Vaccination in Bombay 1913-1923 - 1913-1923
Year: 1913
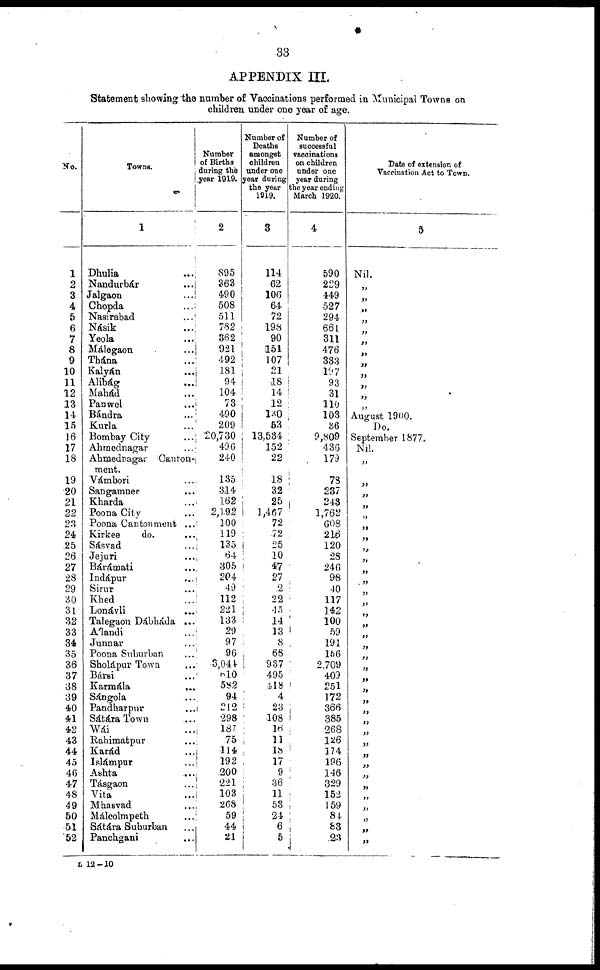
33
APPENDIX III.
Statement showing the number of Vaccinations performed in Municipal Towns on
children under one year of age.
No.
1
2
3
4
5
6
7
8
9
10
11
12
13
14
15
16
17
18
19
20
21
22
23
24
25
26
27
28
29
30
31
32
33
34
35
36
37
38
39
40
41
42
43
44
45
46
47
48
49
50
51
52
Towns.
1
Dhulia ...
Nandurbár ...
Jalgaon ...
Chopda ...
Nasirabad ...
Násik ...
Yeola ...
Málegaon ...
Thána ...
Kalyán ...
Alibág ...
Mahád ...
Panwel ...
Bándra ...
Kurla ...
Bombay City ...
Ahmednagar ...
Ahmednagar Canton-
ment.
Vámbori ...
Sangamner ...
Kharda ...
Poona City ...
Poona Cantonment ...
Kirkee
do. ...
Sásvad ...
Jejuri ...
Bárámati ...
Indápur ...
Sirur ...
Khed ...
Lonávli ...
Talegaon Dábháda ...
Álandi ...
Junnar ...
Poona Suburban ...
Sholápur Town ...
Bársi ...
Karmála ...
Sángola ...
Pandharpur ...
Sátára Town ...
Wái ...
Bahimatpur ...
Karád ...
Islámpur ...
Ashta ...
Tásgaon ...
Vita ...
Mhasvad ...
Málcolmpeth ...
Sátára Suburban ...
Panchgani ...
Number
of Births
during the
year 1919.
2
895
363
490
508
511
782
362
921
492
181
94
104
73
490
209
20,730
496
240
135
314
162
2,192
100
119
135
64
305
204
49
112
221
133
29
97
96
3,044
610
582
94
212
298
187
75
114
192
200
221
103
268
59
44
21
Number of
Deaths
amongst
children
under one
year during
the year
1919.
3
114
62
106
64
72
198
90
151
107
21
18
14
12
130
53
13,534
152
22
18
32
25
1,467
72
72
25
10
47
27
2
22
45
14
13
8
68
937
495
418
4
23
108
16
11
18
17
9
36
11 53
24
6
5
Number of
successful
vaccinations
on children
under one
year during
the year ending
March 1920.
4
590
229
449
527
294
661
311
476
333
197
93
31
110
103
36
9,809
436
179
78
237
243
1,762
608
216
120
28
246
98
40
117
142
100
59
191
156
2,709
409
251
172
366
385
268
126
174
196
146
329
152
159
84
83
23
Date of extension of
Vaccination Act to Town.
5
Nil.
„
„
„
„
„
„
„
„
„
„
„
„
August 1900.
Do.
September 1877.
Nil.
„
„
„
„
„
„
„
„
„
„
„
„
„
„
„
„
„
„
„
„
„
„
„
„
„
„
„
„
„
„
„
„
„
„
„
L 12—10